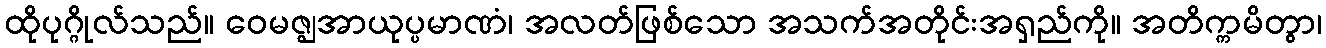
ထိုပုဂ္ဂိုလ်သည်။ ဝေမဇ္ဈအာယုပ္ပမာဏံ၊ အလတ်ဖြစ်သော အသက်အတိုင်းအရှည်ကို။ အတိက္ကမိတွာ၊